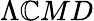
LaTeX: \Lambda\mathbb{C}MD